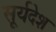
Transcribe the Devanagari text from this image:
सूर्यदेश